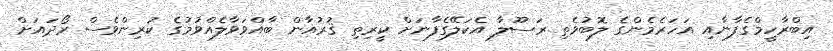
އިބްރާހީމްގެފާނާއި އަހަރެމެންގެ ލޮބުވެތި ރަސޫލާ އެކަލޭގެފާނަށް ކީރިތި ޤުރުއާން ބާއްވަވާލެއްވުމުގެ ކުރިންވެސް ރޯދައަށް